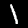
Digit: 1